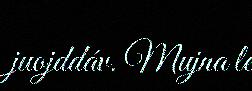
juojddáv. Mujna le